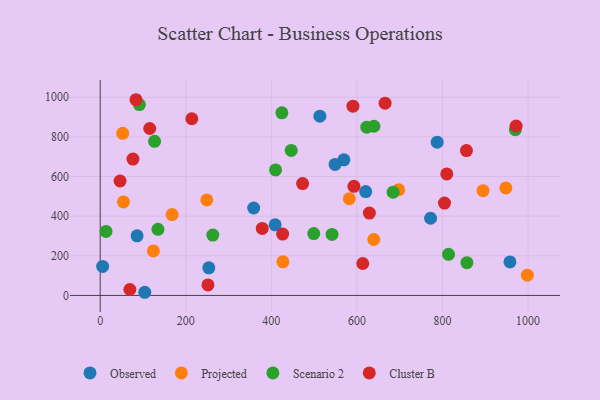
{"axis": {"x": "Investment", "y": "Fuel Efficiency"}, "legend": ["Cluster B", "Observed", "Projected", "Scenario 2"], "data": [{"x": "5.7", "y": 146.4, "type": "Observed"}, {"x": "569.5", "y": 684.2, "type": "Observed"}, {"x": "408.9", "y": 356.5, "type": "Observed"}, {"x": "86.2", "y": 300.7, "type": "Observed"}, {"x": "787.5", "y": 773.1, "type": "Observed"}, {"x": "358.7", "y": 441.1, "type": "Observed"}, {"x": "513.4", "y": 904.5, "type": "Observed"}, {"x": "620.4", "y": 524.2, "type": "Observed"}, {"x": "772.1", "y": 389.4, "type": "Observed"}, {"x": "253.9", "y": 139.5, "type": "Observed"}, {"x": "548.9", "y": 661.1, "type": "Observed"}, {"x": "104.2", "y": 16.0, "type": "Observed"}, {"x": "957.6", "y": 169.2, "type": "Observed"}, {"x": "998.3", "y": 102.5, "type": "Projected"}, {"x": "894.6", "y": 528.4, "type": "Projected"}, {"x": "52.6", "y": 818.0, "type": "Projected"}, {"x": "697.8", "y": 533.2, "type": "Projected"}, {"x": "948.0", "y": 542.5, "type": "Projected"}, {"x": "249.2", "y": 482.1, "type": "Projected"}, {"x": "639.3", "y": 282.3, "type": "Projected"}, {"x": "124.3", "y": 224.6, "type": "Projected"}, {"x": "582.2", "y": 487.8, "type": "Projected"}, {"x": "54.3", "y": 471.7, "type": "Projected"}, {"x": "168.1", "y": 408.1, "type": "Projected"}, {"x": "427.0", "y": 169.7, "type": "Projected"}, {"x": "127.1", "y": 777.7, "type": "Scenario 2"}, {"x": "135.0", "y": 333.4, "type": "Scenario 2"}, {"x": "541.8", "y": 308.1, "type": "Scenario 2"}, {"x": "263.2", "y": 304.8, "type": "Scenario 2"}, {"x": "499.1", "y": 312.2, "type": "Scenario 2"}, {"x": "13.6", "y": 322.8, "type": "Scenario 2"}, {"x": "623.0", "y": 849.0, "type": "Scenario 2"}, {"x": "446.4", "y": 731.4, "type": "Scenario 2"}, {"x": "91.6", "y": 962.8, "type": "Scenario 2"}, {"x": "814.0", "y": 207.7, "type": "Scenario 2"}, {"x": "424.6", "y": 921.3, "type": "Scenario 2"}, {"x": "684.5", "y": 521.0, "type": "Scenario 2"}, {"x": "857.0", "y": 165.3, "type": "Scenario 2"}, {"x": "409.8", "y": 633.0, "type": "Scenario 2"}, {"x": "970.2", "y": 836.2, "type": "Scenario 2"}, {"x": "639.8", "y": 853.6, "type": "Scenario 2"}, {"x": "83.7", "y": 987.4, "type": "Cluster B"}, {"x": "473.0", "y": 564.6, "type": "Cluster B"}, {"x": "855.9", "y": 731.0, "type": "Cluster B"}, {"x": "46.5", "y": 577.3, "type": "Cluster B"}, {"x": "115.7", "y": 842.2, "type": "Cluster B"}, {"x": "593.0", "y": 550.5, "type": "Cluster B"}, {"x": "590.7", "y": 954.9, "type": "Cluster B"}, {"x": "809.9", "y": 613.3, "type": "Cluster B"}, {"x": "804.6", "y": 466.1, "type": "Cluster B"}, {"x": "214.1", "y": 891.3, "type": "Cluster B"}, {"x": "972.0", "y": 854.9, "type": "Cluster B"}, {"x": "665.8", "y": 970.2, "type": "Cluster B"}, {"x": "76.6", "y": 688.2, "type": "Cluster B"}, {"x": "251.8", "y": 53.1, "type": "Cluster B"}, {"x": "629.1", "y": 415.6, "type": "Cluster B"}, {"x": "426.4", "y": 309.5, "type": "Cluster B"}, {"x": "613.6", "y": 161.2, "type": "Cluster B"}, {"x": "69.3", "y": 29.9, "type": "Cluster B"}, {"x": "378.7", "y": 338.2, "type": "Cluster B"}]}